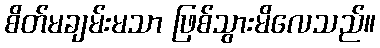
စိတ်မချမ်းမသာ ဖြစ်သွားမိလေသည်။